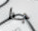
جدا